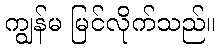
ကျွန်မ မြင်လိုက်သည်။